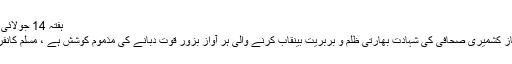
ہفتہ 14 جولائی 2018 - 16:04
بیباک اور ندر ممتاز کشمیری صحافی کی شہادت بھارتی ظلم و بربریت بینقاب کرنے والی ہر آواز بزور قوت دبانے کی مذموم کوشش ہے ، مسلم کانفرنس سعودی عرب